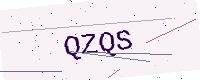
Text: QZQS